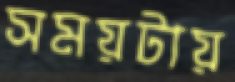
সময়টায়